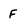
Character: F